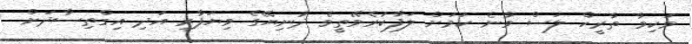
ވަކިވާ ތާރީހް ލަސް ވާނެ ކަމަށް ލަފާކުރެވޭތީވެ ދުނިޔޭގެ ވިޔަފާރި އަދި އިގްތިސާދަށް